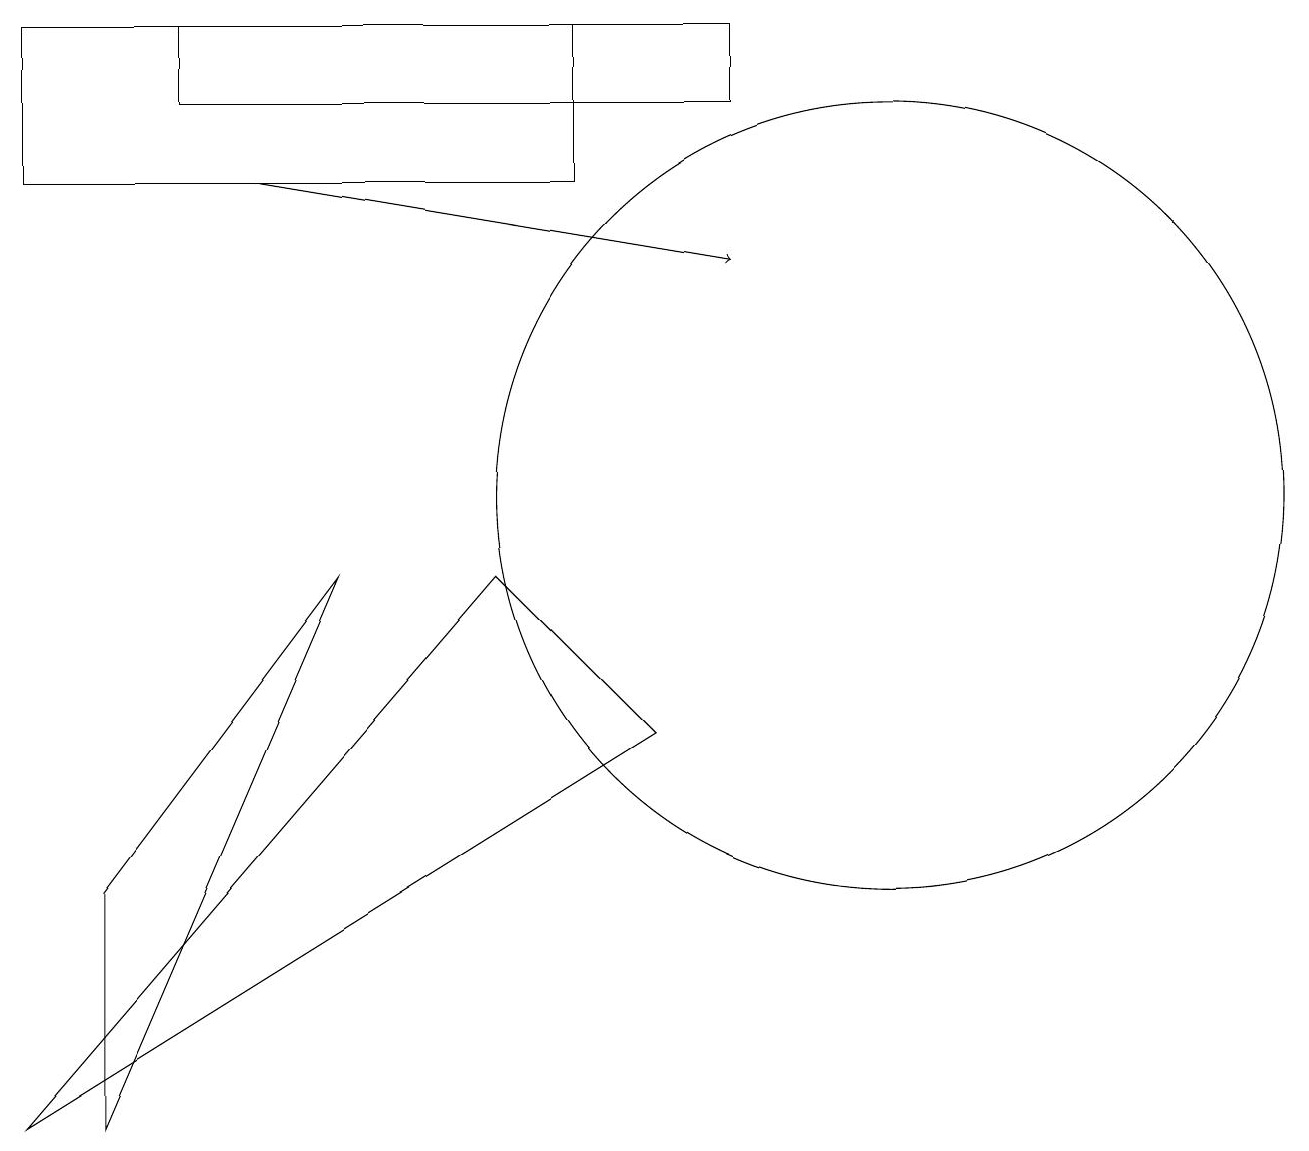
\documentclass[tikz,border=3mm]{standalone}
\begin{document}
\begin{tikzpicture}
\draw[->] (3,14) -- (9,13);
\draw (0,2) -- (6,9) -- (8,7) -- cycle;
\draw (2,15) rectangle (9,16);
\draw (0,14) rectangle (7,16);
\draw (11,10) circle (5);
\draw (1,5) -- (1,2) -- (4,9) -- cycle;
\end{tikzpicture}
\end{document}